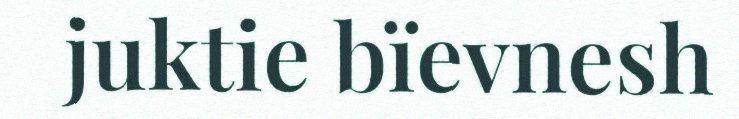
juktie bïevnesh